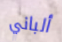
ألباني